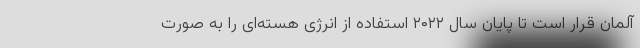
آلمان قرار است تا پایان سال ۲۰۲۲ استفاده از انرژی هسته‌ای را به صورت